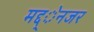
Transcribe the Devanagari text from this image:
मद्द्ेनजर